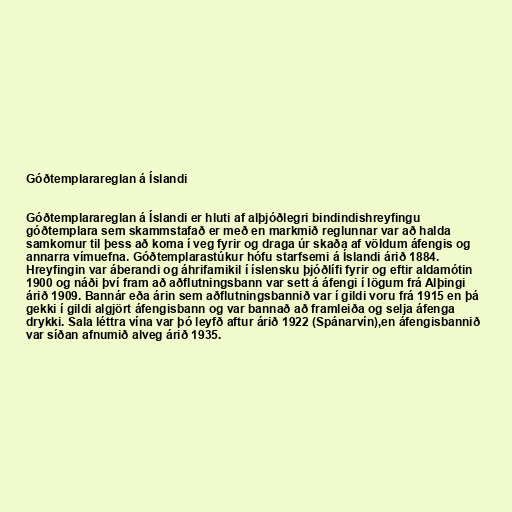
Góðtemplarareglan á Íslandi

Góðtemplarareglan á Íslandi er hluti af alþjóðlegri bindindishreyfingu
góðtemplara sem skammstafað er með en markmið reglunnar var að halda
samkomur til þess að koma í veg fyrir og draga úr skaða af völdum áfengis og
annarra vímuefna. Góðtemplarastúkur hófu starfsemi á Íslandi árið 1884.
Hreyfingin var áberandi og áhrifamikil í íslensku þjóðlífi fyrir og eftir aldamótin
1900 og náði því fram að aðflutningsbann var sett á áfengi í lögum frá Alþingi
árið 1909. Bannár eða árin sem aðflutningsbannið var í gildi voru frá 1915 en þá
gekki í gildi algjört áfengisbann og var bannað að framleiða og selja áfenga
drykki. Sala léttra vína var þó leyfð aftur árið 1922 (Spánarvín),en áfengisbannið
var síðan afnumið alveg árið 1935.